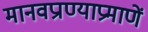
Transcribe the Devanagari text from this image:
मानवप्राण्याप्रमाणें